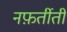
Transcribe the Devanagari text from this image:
नफ़र्तीती